Report of the King Institute of Preventive Medicine, Guindy
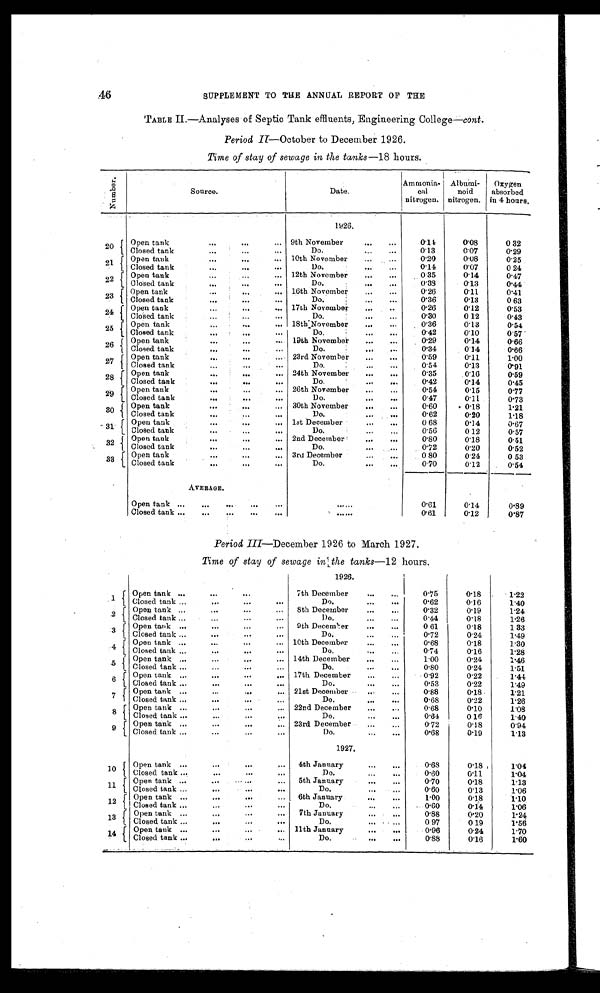
46
SUPPLEMENT TO THE ANNUAL REPORT OF THE
TABLE II.—Analyses of Septic Tank effluents, Engineering College- cont .
Period II-October to December 1926.
Time of stay of sewage in the tanks— 18 hours.
N u m b e r .
Source.
Date.
Ammonia-
cal
nitrogen.
Albumi-
noid
nitrogen.
Oxygen
absorbed
in 4 hours.
1 9 2 6 .
2 0 Open tank
...
."
9th November
•••
..0
0.14
0.08
0.32
Closed tank
•••
•..
•..
Do.
•,,.
•••
0.13
0.07
0.29
21
Open tank
•••
•••
...
10th November
...
0.20
0.08
0.25
Closed tank
...
•••
•••
Do. , . .
0.14
0.07
0 24
22
Open tank
... 12th November
...
...
0.35
0.14
0.47
Closed tank
.••
...
-
Do. . • •
. • •
0.38
0.13
0.44
2 3
Open tank
...
•••
... 16th November
...
...
0.26
0.11
0.41
Closed tank
..•
61,0
...
Do.
1
,..
•••
0.36
0.13
0.63
24
Open tank
0114
...
17th November
...
..
0.26
0.12
0.53
Closed tank
te 0
4 0 4
...
Do,
...
0.30
0.12
0.43
25 Open tank
...
... 18th1November
...
...
0.36
0.13
0.54
Closed tank
0411
tele
.e.
..
Do. • • •
. . .
0.42
0.10
0.57
26
Open tank
••.
...
- 19th November
„.•
0.29
0.14
0.66
Closed tank
...
...
...
0.34
0.14
0.66
27
Open tank
••,
.8,
I.*
23rd. November
...
...
0.59
0.11
1.00
Closed tank
...
.110
Do.
ode
•••
0.54
0.13
0 . 9 1
28
Open tank
...
•••
._ 24th November
...
...
0.35
0.16
0.59
Closed tank
..•
•••
•••
Do.
•••
•••
0.42
0.14
0.45
29 Open tank
.••
060
...
26th November
...
...
0.54
0.15
0.77
Closed tank
...
••„
•••
Do.
...
•••
0.47
0.11
0.73
30
Open tank
•••
•••
... 30th November
•••
...
0.60
• 0.18
1.21
Closed tank
•••
...
Do.
..•
•••
0.62
0.20
1.18
31
Open tank
...
•••
... 1st December
,..
...
0.68
0.14
0.67
Closed tank
..•
...
Do,
•.,
...
0.56
0.12
0.57
32
Open tank
•••
...
... 2nd December
..•
•••
0.80
0.18
0.51
Closed tank
..•
...
60.11
Do.
...
0.72
0.20
0.52
33
Open tank
...
.••
,.. 3rd December
...
•••
0.80
0.24
0.53
Closed tank
-
•••
Do.
•••
0•11
0.70
0.12
0.54
AVERAGE.
Open tank ...
...
...
...
..•
••....
0.61
0.14
0.89
Closed tank ..•
...
...
.41.
4." 0.•
0.61
0.12
0.87
Period III—December 1926 to March 1927.
Time of stay of sewage in the tanks— 12 hours.
1926.
1
Open tank •••
•110
OS .
7th December
-
,„,
0.75
0.18
1.22
Closed tank _
"„
...
11•4
Do.
•••
••4
0.62
0.16
1.40
2
Open tank ...
...
.••
...
8th December
...
...
0.32
0.19
1.24
Closed tank ...
...
...
...
Do.
...
•••
0.44
0.18
1.26
3 Open tank ...
0•0
O..
...
9th December
...
...
0.61
0.18
1.33
Closed tank ...
•••
...
".
Do.
...
...
0.72
0.24
1.49
4
Open tank ...
...
•• n
0.•
10th December
...
,„
0.68
0.18
1.30
Closed tank ...
...
•••
...
Do.
...
0.74
0.16
1.28
5 Open tank ...
...
...
•••
14th December
-
...
1.00
0.24
1.46
Closed tank ...
•••
...
Do.
..•
...
0.80
0.24
1.51
6
Open tank ...
•••
17th December
...
0.92
0.22
1.44
...
Closed tank •••
•••
0 e.
e•D
Do.
•••
.••
0.53
0.22
1.49
7 Open tank ...
...
21st December • •
...
0.88
0.18
1.21
...
...
Closed tank ...
...
.•.
...
Do.
•••
•••
0.68
0.22
1.26
r
8
Open tank ......
... 22nd December
..,
...
0.68
0.10
1.08
Closed tank ...
...
,..
Do.
0.64
0.16
1.40
9 Open tank ...
...
.••
... 23rd December
...
0.72
0.18
0.94
Closed tank ...
...
...
...
Do,
•••
•••
0.68
0.19
1.13
1927.
10 '
Open tank ...
...
•••
... 4th January
...
...
0.68
0.18
1.04
Closed tank ...
..•
.••
1,64
Do.
...
...
0.60
0.11
1.04
11
Open tank ...
•••
• ...
... 5th January
•••
lea
0.70
0.18
1.13
Closed tank .,.
-
--
•••
Do.
•••
0.60
0.13
1.06
12
Open tank ...
•••
•••
... 6th January
•••
•••
1.00
0.18
1.10
Closed tank ,..
...
•••
...
Do,
...
...
.. 0.60
0.14
1.06
13
Open tank ...
...
...
7th January
...
...
0.88
0.20
1.24
Closed tank ...
•••
...
•••
Do. ,
.•.
0.97
0.19
1.56
14
o p e n t a n k
. . .
• • •
04. ...
y)pen
llth January
...
0.96
0.24
1.70
Closed tank ...
...
•••
...
•
Do.
•••
•••
0.88
0.16
1.60